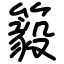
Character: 䉨